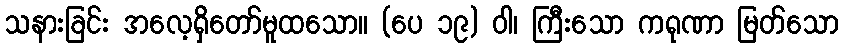
သနားခြင်း အလေ့ရှိတော်မူထသော။ (ပေ ၁၉) ဝါ၊ ကြီးသော ကရုဏာ မြတ်သော